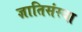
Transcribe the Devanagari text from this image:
ज्ञातिसंस्था